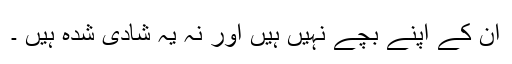
ان کے اپنے بچے نہیں ہیں اور نہ یہ شادی شدہ ہیں ۔